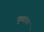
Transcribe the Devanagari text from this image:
दुव्यांवर